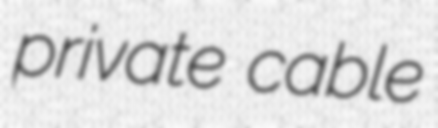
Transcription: private cable